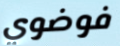
فوضوي